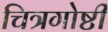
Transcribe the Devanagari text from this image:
चित्रगोष्टी